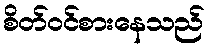
စိတ်ဝင်စားနေသည်